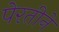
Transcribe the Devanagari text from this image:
पेरतीने